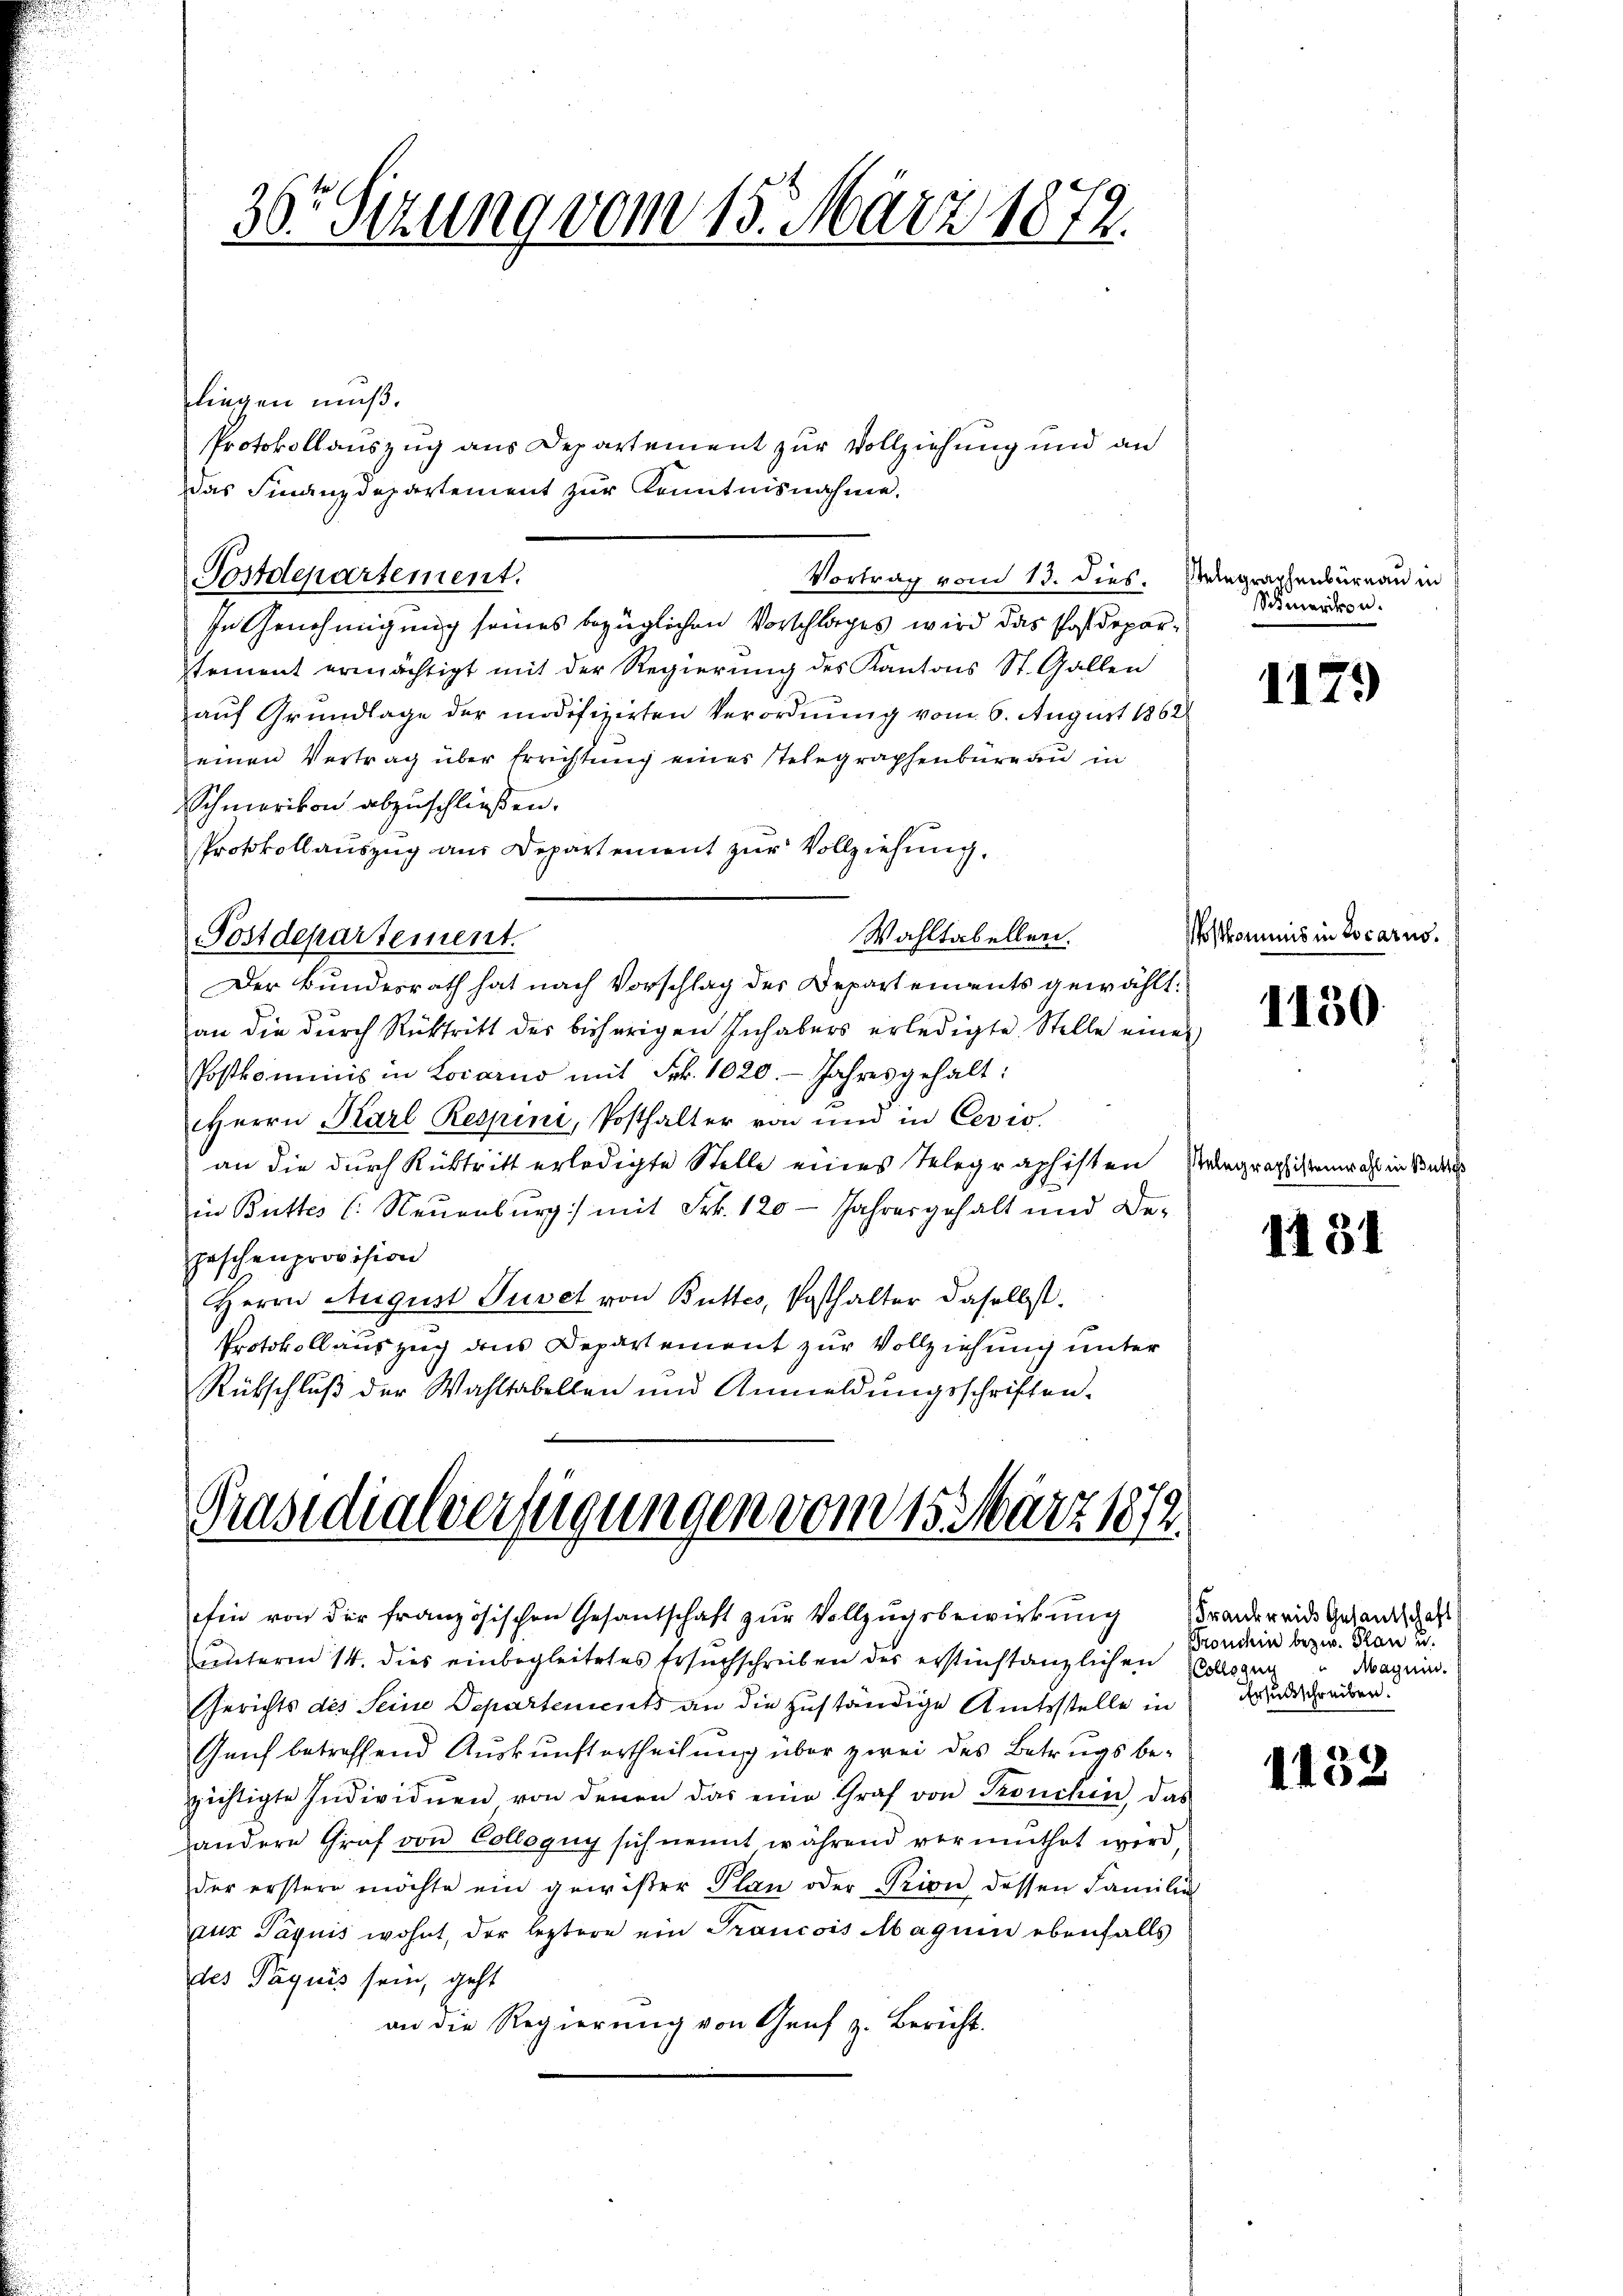
36 Sizung vom 15. März 1872.

liegen muß.
Protokollauszug aus Departement zur Vollziehung und an
Das Finanzdepartement zur Kenntnisnahme.
Postdepartement.
Vortrag vom 13. dies. Siegraphenbüreau in
In Genehmigung seines bezüglichen Vorschlages wird das Postdeparsement ermächtigt mit der Regierung des Kantons St. Gallen
auf Grundlage der modifizirten Verordnung vom 6. August 1862
einen Vertrag über Errichtung eines Telegraphenbüreau in
Schmerikon abzuschließen.
Protokollauszug aus Departement zur Vollziehung.
Wahltabellen.
Postdepartement.
Der Bundesrath hat nach Vorschlag des Departendents gewählt.
an die durch Rücktritt der bisherigen Inhabers erledigte Stelle einer
Postkominis in Locarno mit Frk. 1020. Jahres gehalt:
Herrn Karl Respini, Posthalter von und in Ceres.
an die durch Rücktritt erledigte Stelle eines Telegraphisten Paragraphistenwahl in Bek
in Butter C. Neuenburg) mit Frk. 120 - Jahresgehalt und De-
Haschenprovision
Herrn August Tuvet von Butter, Posthalter daselbst.
Protokollauszug dans Departement zur Vollziehung unter
Rübschluß der Wahltabellen und Anmeldungsschriften.

Präsidialverfeigungen vom 15. März 1879.

etin von der französischen Gesantschaft zur Vollzugsbewirkung
unterm 14. dies einbegleitetes Ersuchschreiben der erstinstanzlichen Collegen dagein.

Gerichts des Seine Departements an die zuständige Amtsstelle in da und Freiber.
Genf betreffend Auskunftertheilung über zwei des Betrugs bezichtigte Individuen von denen das eine Graf von Souchin, das
andere Graf von Colloguy sich nennt während vermuthet wird
der erstern möchte ein gewiser Plan oder Prion dessen Familie
zur Taquis wohnt, der leztere ein Prancois Magum ebenfalls
des Päquis sein, geht
an die Regierung von Genf z. Bericht.

Schmerikon.

1179

Postkommnis in Locarno.

1150.

1431

Frankreide Gesantschaft
Bronchin bezw. Plan u.

1152